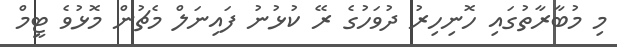
މި މުބާރާތުގައި ހޮނިހިރު ދުވަހުގެ ރޭ ކުޅުނު ފައިނަލް މެޗުން މޮޅުވެ ޓީމް